Destruction of fleas by exposure to the sun - Number 40
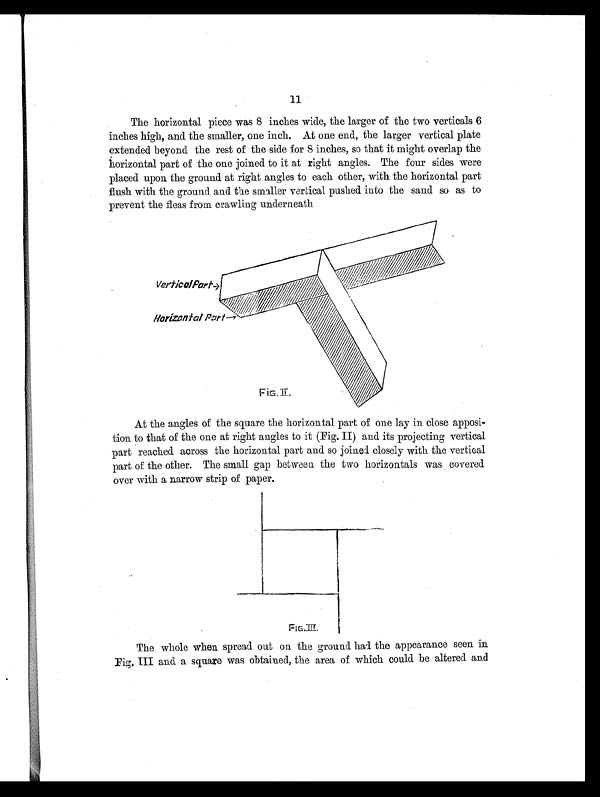
11
The horizontal piece was 8 inches wide, the larger of the two verticals 6
inches high, and the smaller, one inch. At one end, the larger vertical plate
extended beyond the rest of the side for 8 inches, so that it might overlap the
horizontal part of the one joined to it at right angles. The four sides were
placed upon the ground at right angles to each other, with the horizontal part
flush with the ground and the smaller vertical pushed into the sand so as to
prevent the fleas from crawling underneath
F I G . I I I .
At the angles of the square the horizontal part of one lay in close apposi-
tion to that of the one at right angles to it (Fig. II) and its projecting vertical
part reached across the horizontal part and so joined closely with the vertical
part of the other. The small gap between the two horizontals was covered
over with a narrow strip of paper.
FIG.III.
The whole when spread out on the ground had the appearance seen in
Fig. III and a square was obtained, the area of which could be altered and